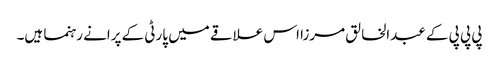
پی پی پی کے عبدالخالق مرزا اس علاقے میں پارٹی کے پرانے رہنما ہیں۔